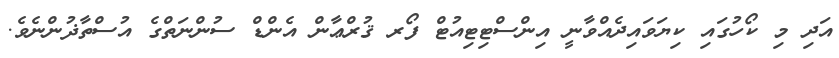
އަދި މި ކޯހުގައި ކިޔަވައިދެއްވާނީ އިންސްޓިޓިއުޓް ފޯރ ޤުރްޢާން އެންޑް ސުންނަތްގެ އުސްތާޛުންނެވެ.